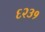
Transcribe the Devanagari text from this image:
६२३१